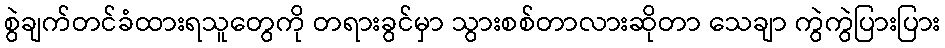
စွဲချက်တင်ခံထားရသူတွေကို တရားခွင်မှာ သွားစစ်တာလားဆိုတာ သေချာ ကွဲကွဲပြားပြား